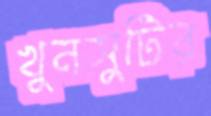
খুনসুটির